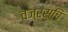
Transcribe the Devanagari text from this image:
वज्रसूचि